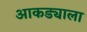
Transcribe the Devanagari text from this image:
आकड्याला